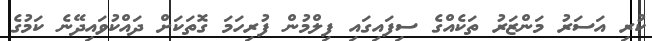
ކުރި އަސަރު މަންޒަރު ތަކެއްގެ ސިފައިގައި ފިލްމުން ފުރިހަމަ ގޮތަކަށް ދައްކުވައިދޭނެ ކަމުގެ